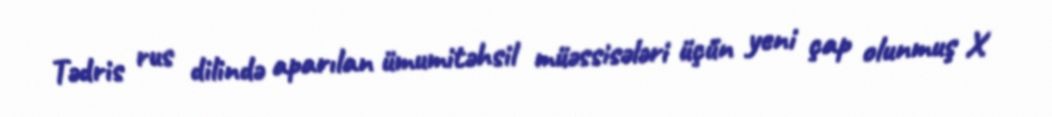
Tədris rus dilində aparılan ümumitəhsil müəssisələri üçün yeni çap olunmuş X